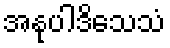
အနုပါဒိသေသံ